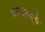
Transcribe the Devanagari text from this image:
घळईमध्ये